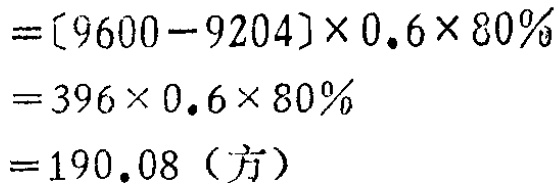
\[

\begin{align*}

&=[9600 - 9204]\times0.6\times80\%\\

&=396\times0.6\times80\%\\

&=190.08（方）

\end{align*}

\]